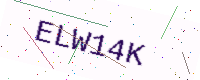
Text: ELW14K